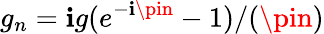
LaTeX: g_{n}=\mathbf{i}g(e^{-\mathbf{i}\pin}-1)/(\pin)